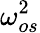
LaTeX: \omega_{os}^{2}